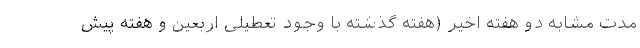
مدت مشابه دو هفته اخیر (هفته گذشته با وجود تعطیلی اربعین و هفته پیش